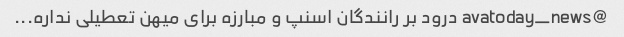
@avatoday_news درود بر رانندگان اسنپ و مبارزه برای میهن تعطیلی نداره...